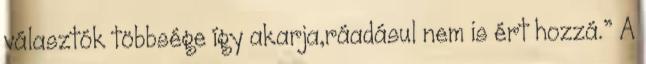
választók többsége így akarja,ráadásul nem is ért hozzá.” A